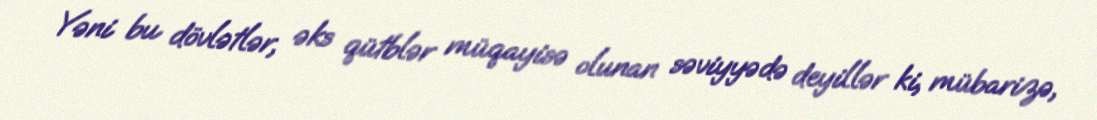
Yəni bu dövlətlər, əks qütblər müqayisə olunan səviyyədə deyillər ki, mübarizə,